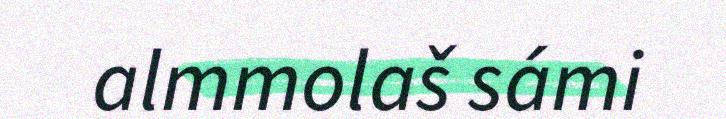
almmolaš sámi